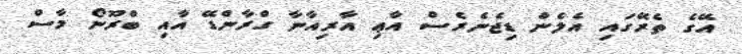
އޭގެ ތެރޭގައި އެލެން ޑިޖެނެރެސް އާޢި އާރިއާނާ ގްރާންޑޭ އާއި ބްރޫނޯ މާސް